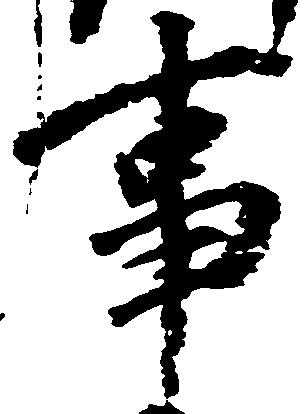
事